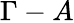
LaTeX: \Gamma-A